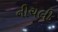
નીચલી